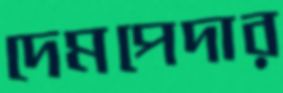
দেমপেদার